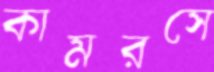
কামরসে